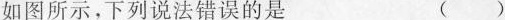
如图所示，下列说法错误的是 ( )